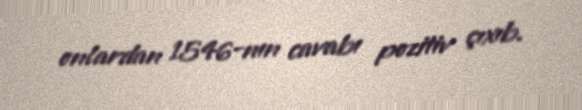
onlardan 1546-nın cavabı pozitiv çıxıb.